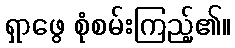
ရှာဖွေ စုံစမ်းကြည့်၏။